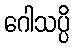
ဂေါသပ္ပိ